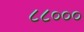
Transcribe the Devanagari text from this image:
८८०००